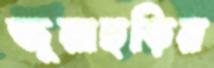
জুরাছড়ির